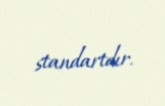
standartdır.